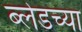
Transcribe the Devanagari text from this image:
ब्लेडच्या